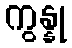
ကွန္နု